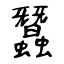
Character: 蠶